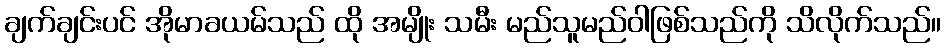
ချက်ချင်းပင် အိုမာခယမ်သည် ထို အမျိုး သမီး မည်သူမည်ဝါဖြစ်သည်ကို သိလိုက်သည်။